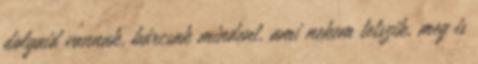
dolgaid vannak, bárcsak mindent, ami nekem tetszik, meg is